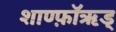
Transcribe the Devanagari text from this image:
शाण्फ़ॉऋड्